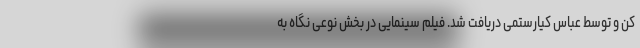
کن و توسط عباس کیارستمی دریافت شد. فیلم سینمایی در بخش نوعی نگاه به